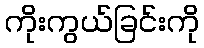
ကိုးကွယ်ခြင်းကို